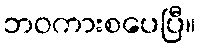
ဘဝကားစပေပြီ။